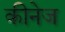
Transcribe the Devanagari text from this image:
कीनेज